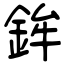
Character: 鉾